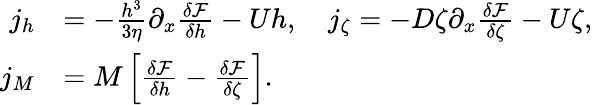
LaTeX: \begin{array}{rl}{j_{h}}&{=-\frac{h^{3}}{3\eta}\partial_{x}\frac{\delta\mathcal{F}}{\delta h}-Uh,\quad j_{\zeta}=-D\zeta\partial_{x}\frac{\delta\mathcal{F}}{\delta\zeta}-U\zeta,}\\ {j_{M}}&{=M\left[\frac{\delta\mathcal{F}}{\delta h}-\frac{\delta\mathcal{F}}{\delta\zeta}\right].}\end{array}